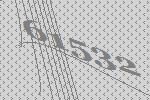
61532